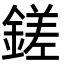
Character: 鎈